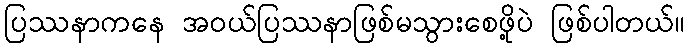
ပြဿနာကနေ အဝယ်ပြဿနာဖြစ်မသွားစေဖို့ပဲ ဖြစ်ပါတယ်။